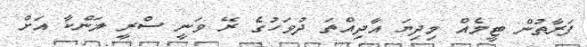
ފަރާތުން ޓީމެއް މިދިޔަ އާދިއްތަ ދުވަހުގެ ރޭ ވަނީ ސްރީ ލަންކާ އަށް